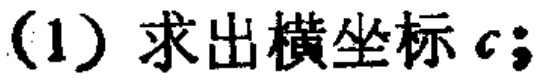
(1) 求出横坐标 \(c\)；